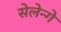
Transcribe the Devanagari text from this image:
सेलेन्गे